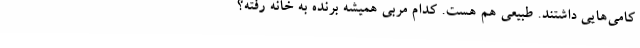
کامی‌هایی داشتند. طبیعی هم هست. کدام مربی همیشه برنده به خانه رفته؟